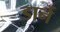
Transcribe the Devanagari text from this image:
डार्न